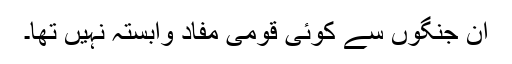
ان جنگوں سے کوئی قومی مفاد وابستہ نہیں تھا۔